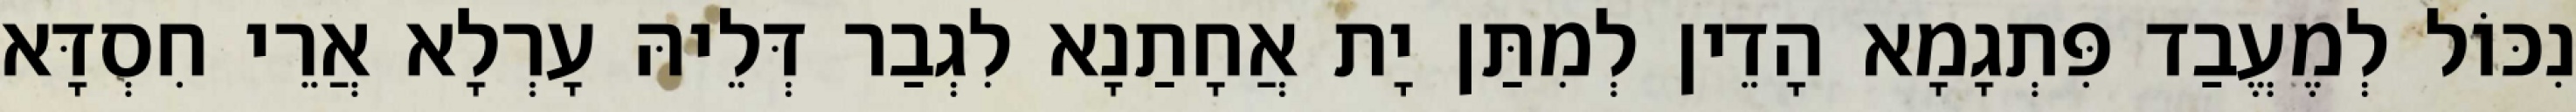
נִכּוֹל לְמֶעֱבַד פִּתְגָמָא הָדֵין לְמִתַּן יָת אֲחָתַנָא לִגְבַר דְּלֵיהּ עָרְלָא אֲרֵי חִסְדָּא